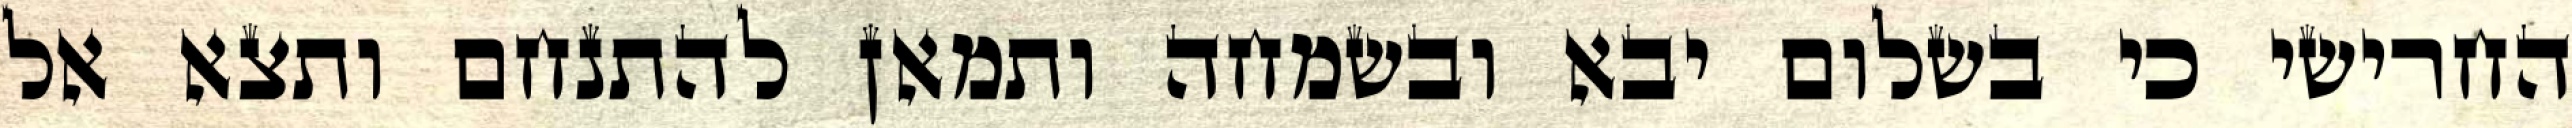
החרישי כי בשלום יבא ובשמחה ותמאן להתנחם ותצא אל